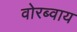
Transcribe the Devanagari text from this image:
वोरब्वाय